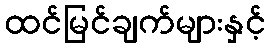
ထင်မြင်ချက်များနှင့်